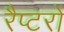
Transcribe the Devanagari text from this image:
रैप्टरों